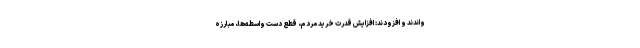
واندند و افزودند: افزایش قدرت خرید مردم، قطع دست واسطه‌ها، مبارزه